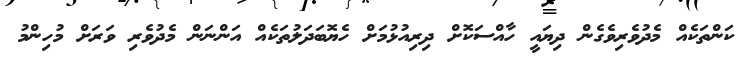
ކަންތަކެއް މެދުވެރިވެގެން ދިޔައީ ހާއްސަކޮށް ދިރިއުޅުމަށް ހެޔޮބަދަލުތަކެއް އަންނަން މެދުވެރި ވަރަށް މުހިންމު